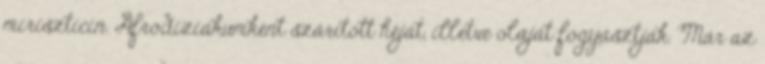
miriszticin. Afrodiziákumként szárított héját, illetve olaját fogyasztják. Már az